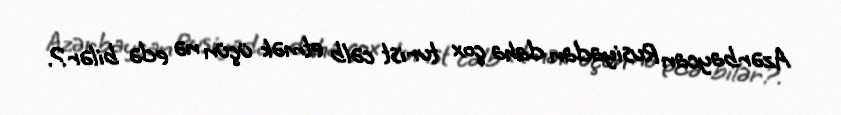
Azərbaycan Rusiyadan daha çox turist cəlb etmək üçün nə edə bilər?.